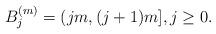
LaTeX: \begin{align*}B_j^{(m)} = (jm,(j+1)m], j \geq 0.\end{align*}